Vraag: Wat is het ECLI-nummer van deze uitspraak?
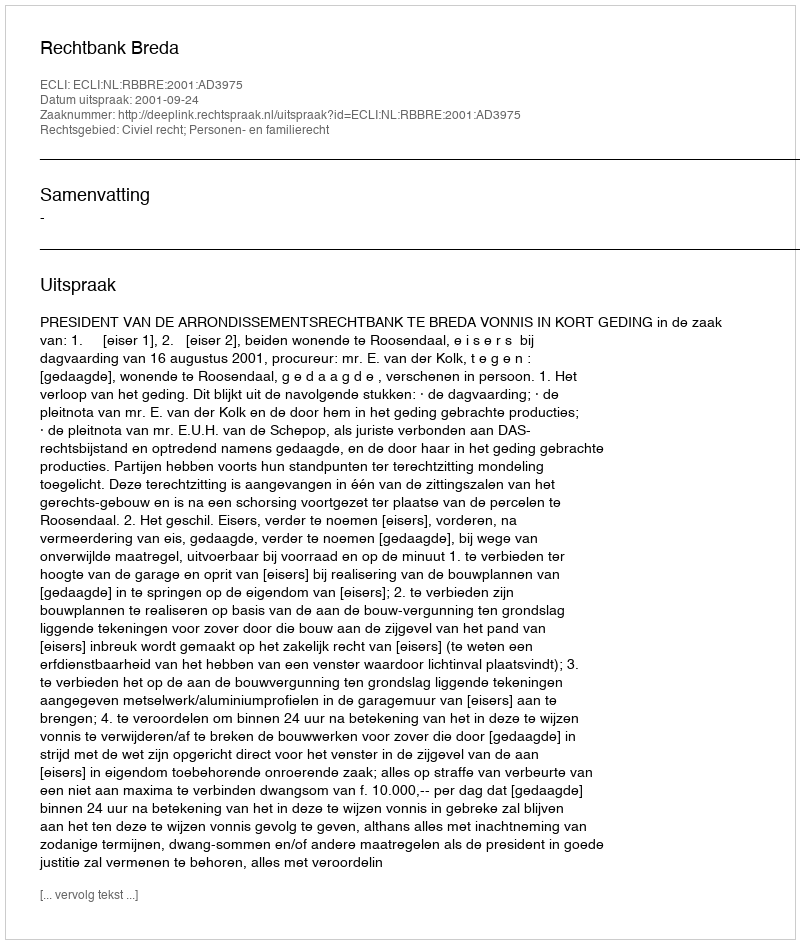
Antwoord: ECLI:NL:RBBRE:2001:AD3975